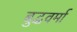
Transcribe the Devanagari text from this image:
बुद्धवर्मा